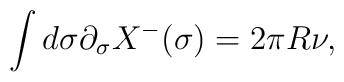
\int d\sigma \partial_\sigma X^-(\sigma) = 2\pi R \nu,